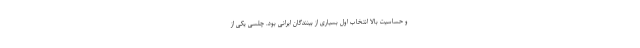
و حساسیت بالا انتخاب اول بسیاری از بینندگان ایرانی بود. چلسی یکی از